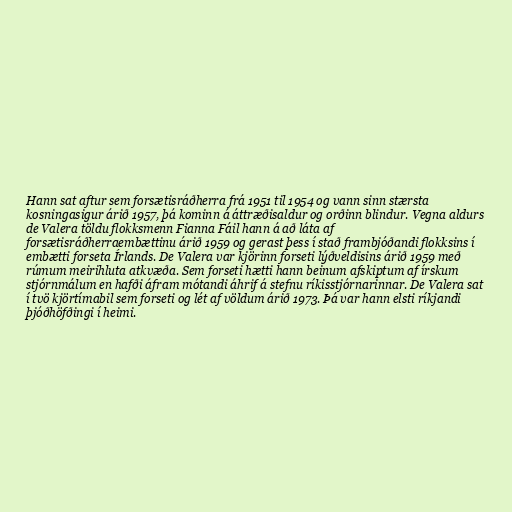
Hann sat aftur sem forsætisráðherra frá 1951 til 1954 og vann sinn stærsta
kosningasigur árið 1957, þá kominn á áttræðisaldur og orðinn blindur. Vegna aldurs
de Valera töldu flokksmenn Fianna Fáil hann á að láta af
forsætisráðherraembættinu árið 1959 og gerast þess í stað frambjóðandi flokksins í
embætti forseta Írlands. De Valera var kjörinn forseti lýðveldisins árið 1959 með
rúmum meirihluta atkvæða. Sem forseti hætti hann beinum afskiptum af írskum
stjórnmálum en hafði áfram mótandi áhrif á stefnu ríkisstjórnarinnar. De Valera sat
í tvö kjörtímabil sem forseti og lét af völdum árið 1973. Þá var hann elsti ríkjandi
þjóðhöfðingi í heimi.